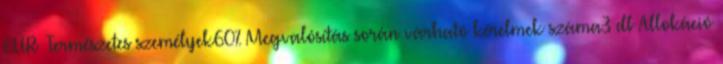
EUR ▪Természetes személyek60%▪Megvalósítás során várható kérelmek száma3 db Allokáció